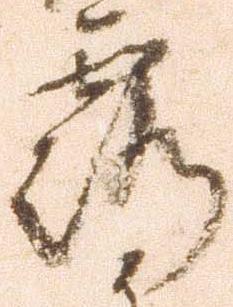
露